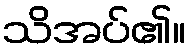
သိအပ်၏။